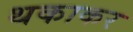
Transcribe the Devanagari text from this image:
थकाकर